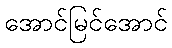
အောင်မြင်အောင်